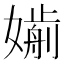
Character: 𡡸